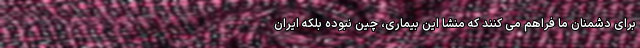
برای دشمنان ما فراهم می کنند که منشا این بیماری، چین نبوده بلکه ایران